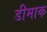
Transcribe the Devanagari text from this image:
डीमाक